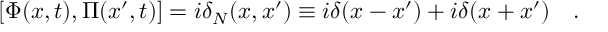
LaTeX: [ \Phi ( x , t ) , \Pi ( x ^ { \prime } , t ) ] = i \delta _ { N } ( x , x ^ { \prime } ) \equiv i \delta ( x - x ^ { \prime } ) + i \delta ( x + x ^ { \prime } ) \quad .